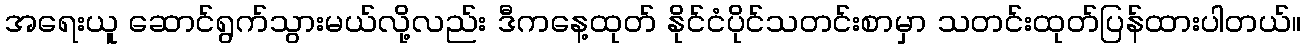
အရေးယူ ဆောင်ရွက်သွားမယ်လို့လည်း ဒီကနေ့ထုတ် နိုင်ငံပိုင်သတင်းစာမှာ သတင်းထုတ်ပြန်ထားပါတယ်။